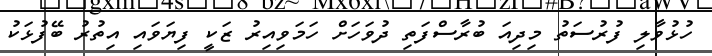
ހުޅުވާލި ފުރުސަތު މިދިއަ ބުރާސްފަތި ދުވަހަށް ހަމަވިއިރު ޒަކީ ފިޔަވައި އިތުރު ބޭފުޅަކު